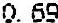
0.69